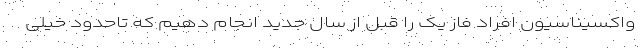
واکسیناسیون افراد فاز یک را قبل از سال جدید انجام دهیم که تاحدود خیلی